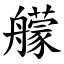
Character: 艨